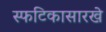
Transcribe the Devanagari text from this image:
स्फटिकासारखे